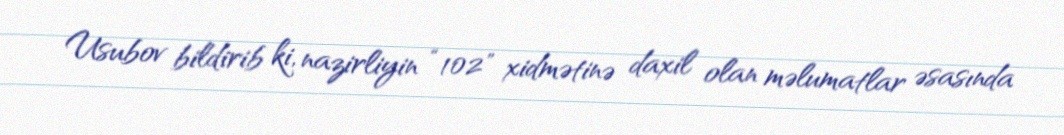
Usubov bildirib ki, nazirliyin “102" xidmətinə daxil olan məlumatlar əsasında